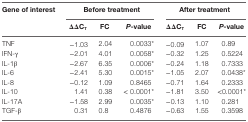
<table><thead><tr><td rowspan="2"><b>Gene of interest</b></td><td colspan="3"><b>Before treatment</b></td><td colspan="3"><b>After treatment</b></td></tr><tr><td><b>ΔΔC<sub>T</sub></b></td><td><b>FC</b></td><td><b><i>P</i>-value</b></td><td><b>ΔΔC<sub>T</sub></b></td><td><b>FC</b></td><td><b><i>P</i>-value</b></td></tr></thead><tbody><tr><td>TNF</td><td>−1.03</td><td>2.04</td><td>0.0033*</td><td>−0.09</td><td>1.07</td><td>0.89</td></tr><tr><td>IFN-γ</td><td>−2.01</td><td>4.01</td><td>0.0058*</td><td>−0.32</td><td>1.25</td><td>0.5224</td></tr><tr><td>IL-1β</td><td>−2.67</td><td>6.35</td><td>0.0006*</td><td>−0.24</td><td>1.18</td><td>0.7333</td></tr><tr><td>IL-6</td><td>−2.41</td><td>5.30</td><td>0.0015*</td><td>−1.05</td><td>2.07</td><td>0.0438*</td></tr><tr><td>IL-8</td><td>−0.12</td><td>1.09</td><td>0.8465</td><td>−0.71</td><td>1.64</td><td>0.2333</td></tr><tr><td>IL-10</td><td>1.41</td><td>0.38</td><td> &lt; 0.0001*</td><td>−1.81</td><td>3.50</td><td>&lt;0.0001*</td></tr><tr><td>IL-17A</td><td>−1.58</td><td>2.99</td><td>0.0035*</td><td>−0.13</td><td>1.10</td><td>0.281</td></tr><tr><td>TGF-β</td><td>0.31</td><td>0.8</td><td>0.4876</td><td>−0.63</td><td>1.55</td><td>0.3598</td></tr></tbody></table>